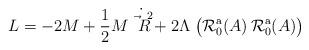
LaTeX: \begin{align*}L = -2 M + {1\over 2} M \dot{\vec R^{\;2}} + 2 \Lambda\; \bigl({\cal R}_0^{\mathrm{a}}(A)\, {\cal R}_0^{\mathrm{a}}(A)\bigr)\end{align*}